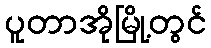
ပူတာအိုမြို့တွင်